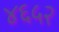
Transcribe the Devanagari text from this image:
४६५२